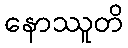
နောဿူတိ